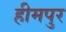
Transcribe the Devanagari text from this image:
हीमपुर